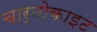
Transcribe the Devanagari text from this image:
चार्नोकाइट